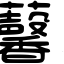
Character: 𧅥